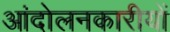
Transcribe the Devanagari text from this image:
आंदोलनकारीयों